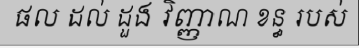
ផល ដល់ ដួង វិញ្ញាណ ខន្ធ របស់